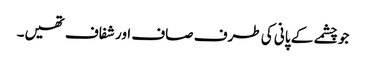
جو چشمے کے پانی کی طرف صاف اور شفاف تھیں۔